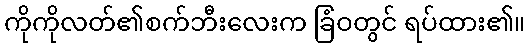
ကိုကိုလတ်၏စက်ဘီးလေးက ခြံဝတွင် ရပ်ထား၏။